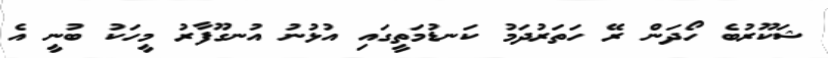
ޝަކޫރުބެ ހޯދަން ރޭ ހަތަރުދަމު ކަނޑުމަތީގައި އުޅުނު އުނގޫފާރު މީހަކު ބުނީ އެ